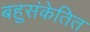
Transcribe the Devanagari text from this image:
बहुसंकेतित